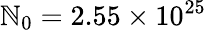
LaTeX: \mathbb{N}_{0}=2.55\times10^{25}